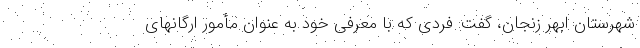
شهرستان ابهر زنجان، گفت: فردی که با معرفی خود به عنوان مأمور ارگانهای